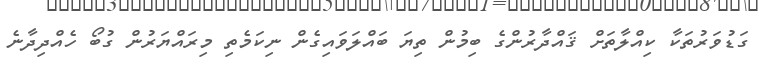
ގަޑުވަރުތަކާ ކިއްލާތަށް ޤައްދާރުންގެ ބިމުން ތިޔަ ބައްލަވައިގެން ނިކަމެތި މިރައްޔަރުން ގުބޯ ހެއްދިދާނެ